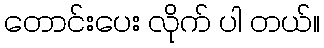
တောင်းပေး လိုက် ပါ တယ်။